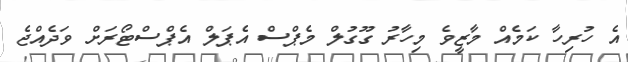
އެ ހުރިހާ ކަމެއް މާޒީވެ މިހާރު ގޫގުލް މެޕްސް އެޕަލް އެޕްސްޓޯރަށް ވަދެއްޖެ